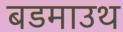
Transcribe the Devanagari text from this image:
बडमाउथ